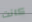
كانت